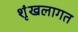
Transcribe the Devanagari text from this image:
शृंखलागत